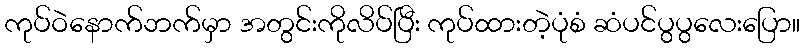
ကုပ်ဝဲနောက်ဘက်မှာ အတွင်းကိုလိပ်ပြီး ကုပ်ထားတဲ့ပုံစံ ဆံပင်ပွပွလေးပြော။